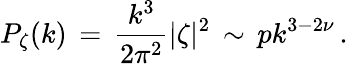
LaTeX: P_{\zeta}(k)\, =\, {\frac{k^{3}}{2\pi^{2}}}|\zeta|^{2}\, \sim\, pk^{3-2\nu}\, .